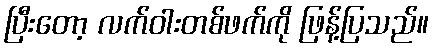
ပြီးတော့ လက်ဝါးတစ်ဖက်ကို ဖြန့်ပြသည်။